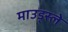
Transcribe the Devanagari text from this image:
माउड्स्ले